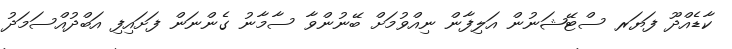
ކާޑެއްދޫ ފަޔަރ ސްޓޭޝަނުން އަލިފާން ނިއްވުމަށް ބޭނުންވާ ސާމާނު ގެންނަން ފަށައިފި އަބްދުއްސަމަދު